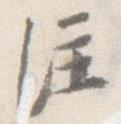
注